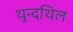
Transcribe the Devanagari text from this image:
थुन्दथिल